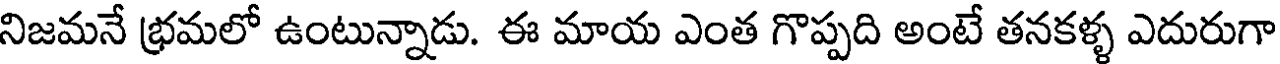
నిజమనే భ్రమలో ఉంటున్నాడు. ఈ మాయ ఎంత గొప్పది అంటే తనకళ్ళ ఎదురుగా